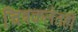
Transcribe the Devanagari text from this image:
चित्रकलेतही